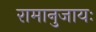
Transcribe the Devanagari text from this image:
रामानुजायः